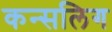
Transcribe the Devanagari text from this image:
कन्सलिग